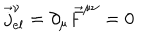
\vec { j } _ { e l } ^ { \nu } = \partial _ { \mu } \vec { F } ^ { \mu \nu } = 0